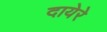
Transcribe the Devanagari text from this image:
दायेरे